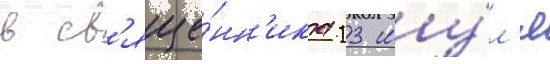
в св'яще́нн'ика 13 иу́л'я